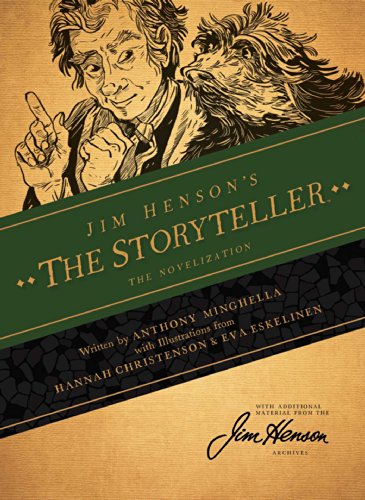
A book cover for Jim Henson's The Storyteller: The Novelization; Jim Henson; Comics & Graphic Novels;